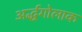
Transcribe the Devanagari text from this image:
अर्द्धगोलाक